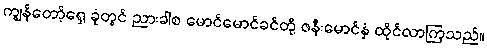
ကျွန်တော့်ရှေ့ ခုံတွင် ညားခါစ မောင်မောင်ခင်တို့ ဇနီးမောင်နှံ ထိုင်လာကြသည်။